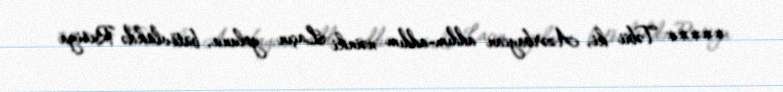
***** Təbii ki, Azərbaycan addım-addım nəinki Laçın yolunu, bütövlükdə Rusiya